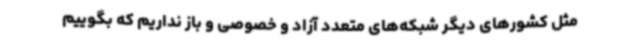
مثل کشورهای دیگر شبکه‌های متعدد آزاد و خصوصی و باز نداریم که بگوییم